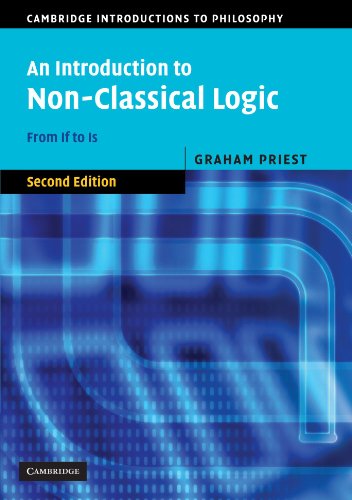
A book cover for An Introduction to Non-Classical Logic: From If to Is (Cambridge Introductions to Philosophy); Graham Priest; Politics & Social Sciences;